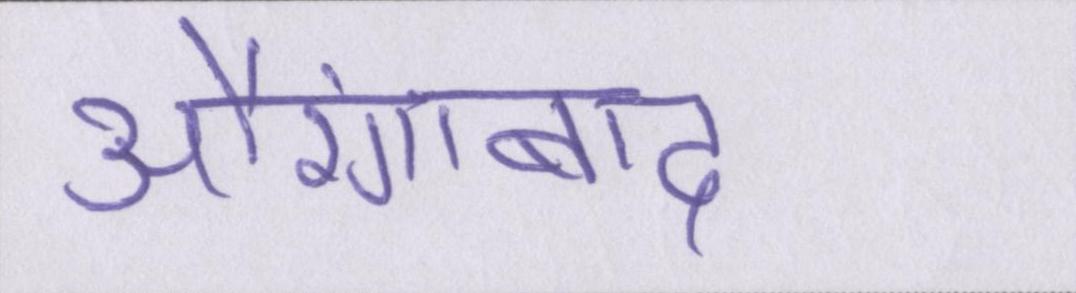
औरंगाबाद